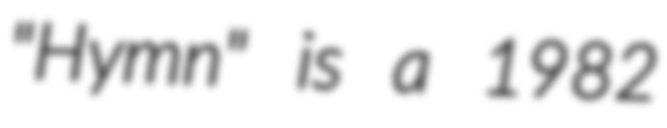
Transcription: "Hymn" is a 1982